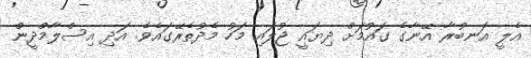
އެލީ އަނބުރާ އޭނާގެ ގައުމަށް ދިޔައީ ޖުލައި މަހު މެދުތެރޭގައެވެ. އަދި އިސްލާމްދީން